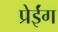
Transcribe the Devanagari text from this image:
प्रेईंग